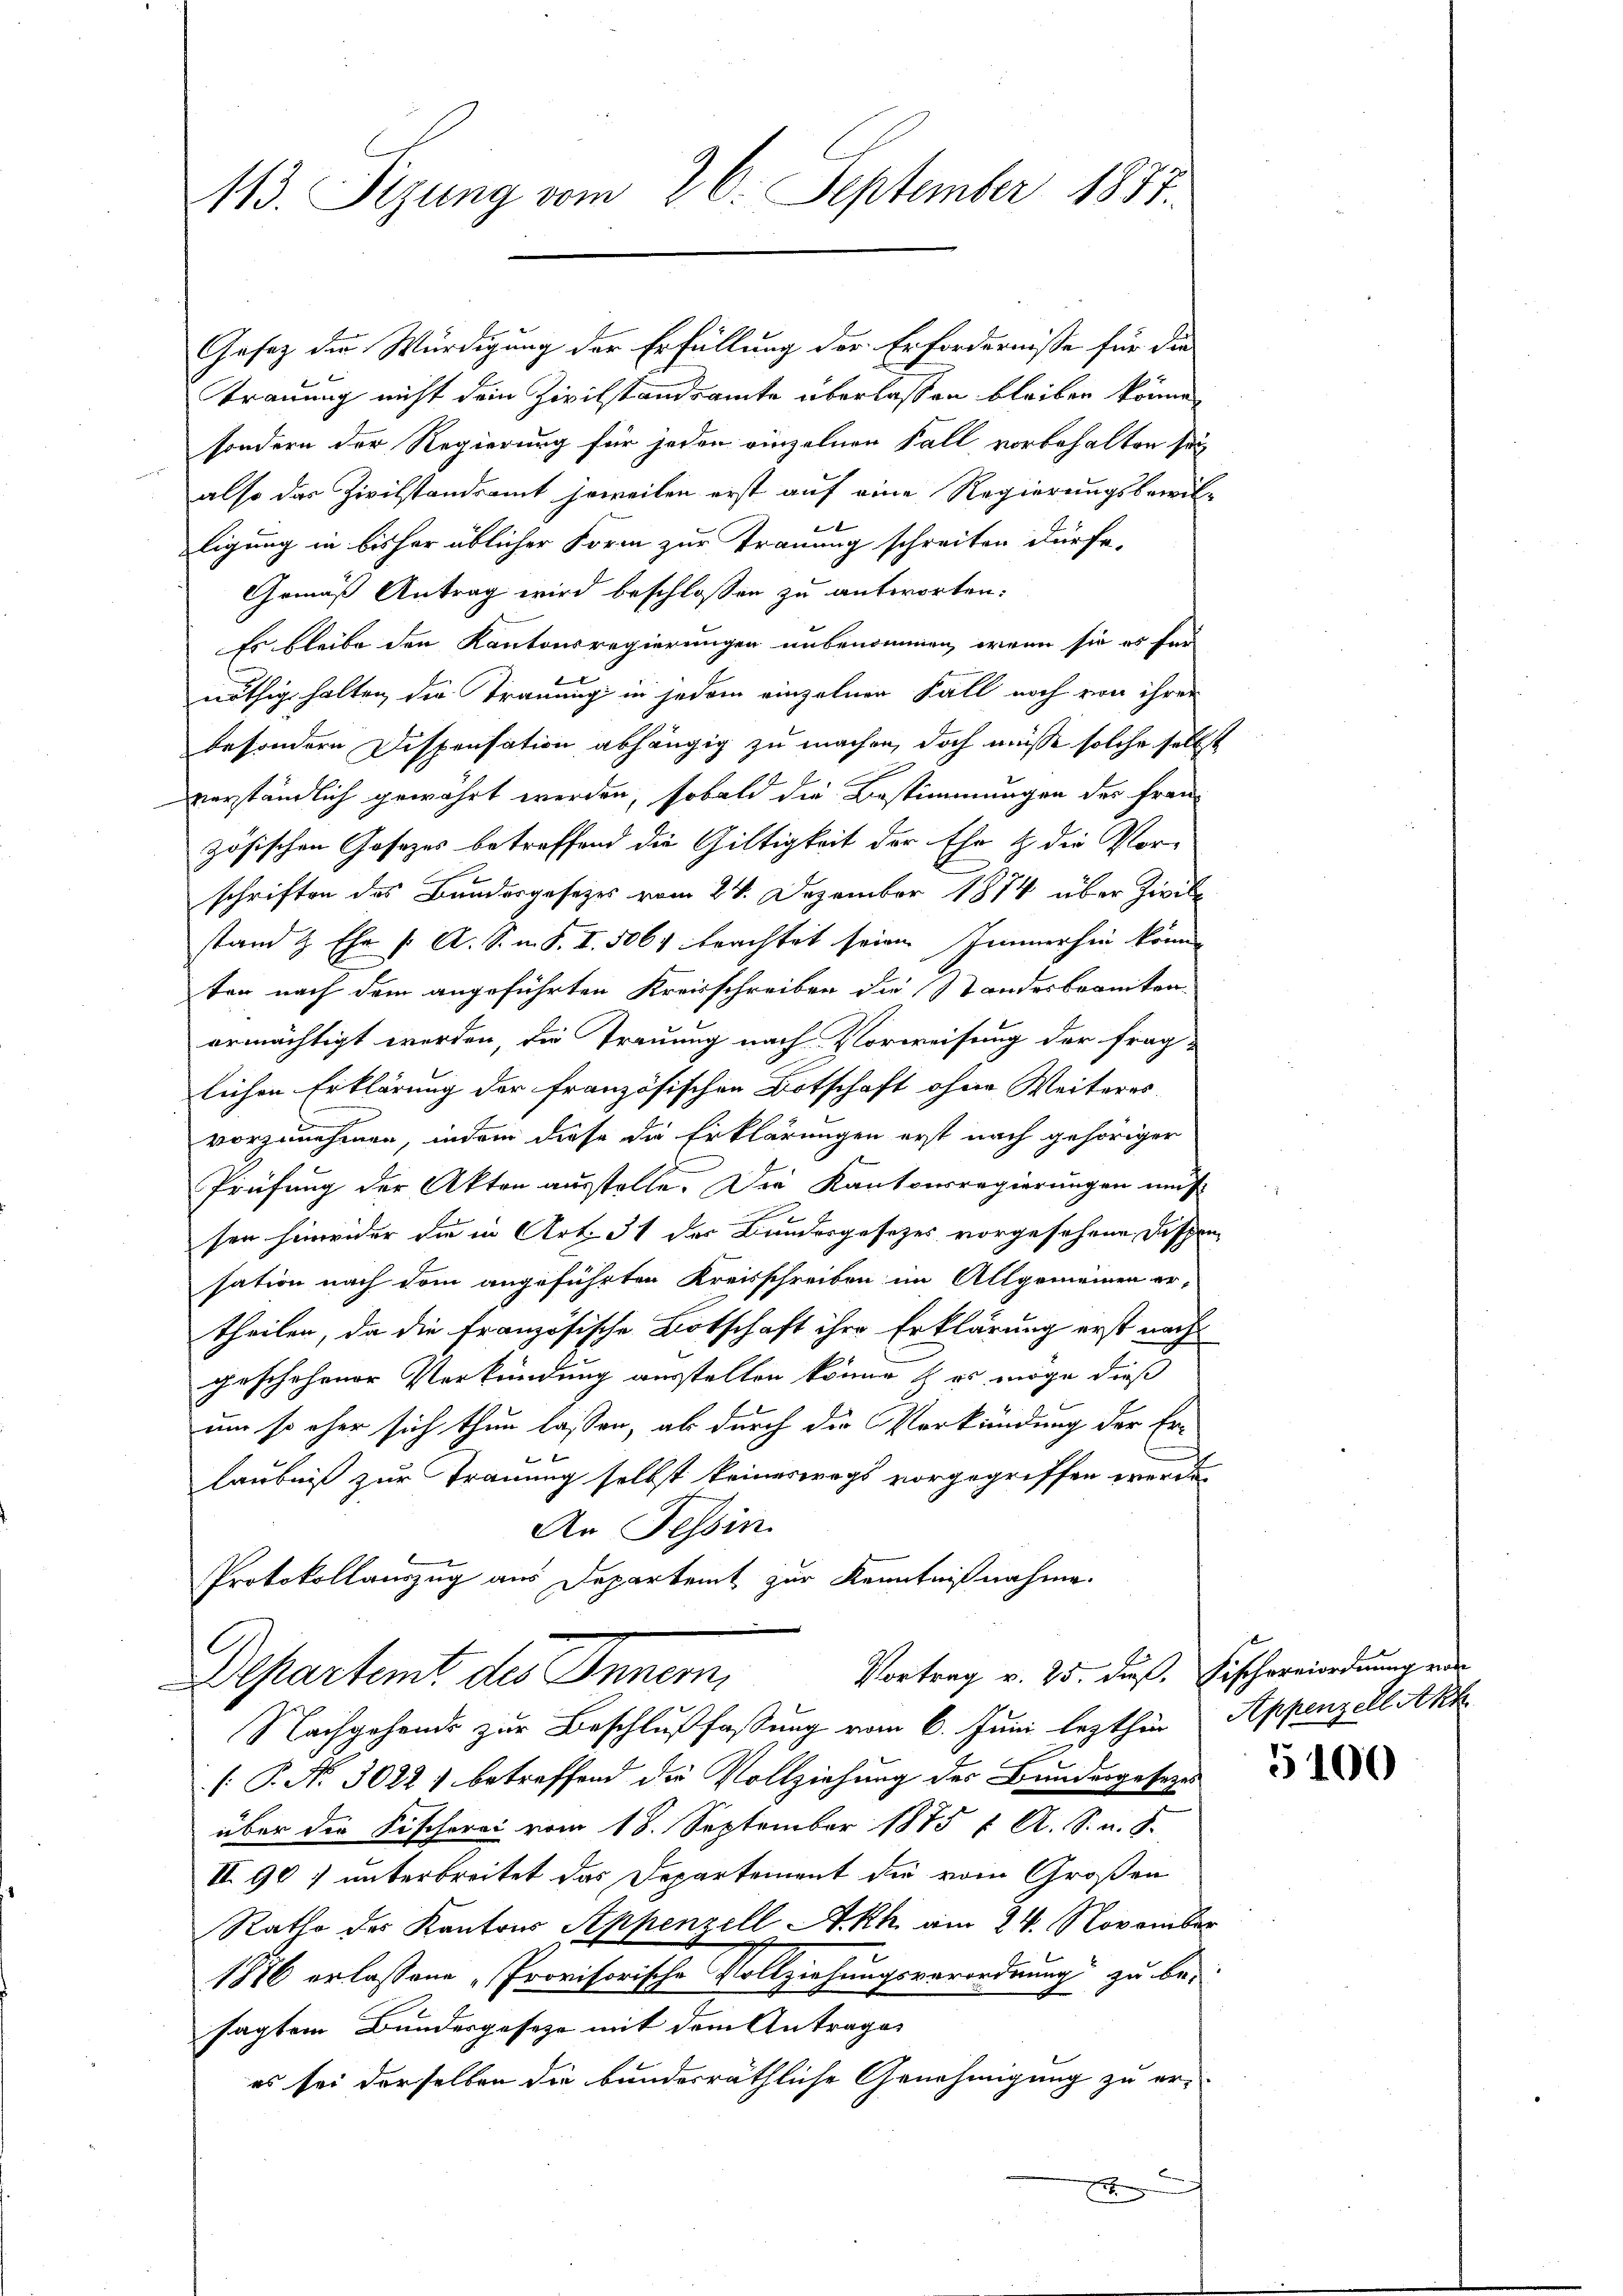
113. Sizung vom 26. September 1881.

Trauung nicht dein Zivilstandsamte überlassen bleiben könne,
sondern der Regierung für jeden einzelnen Fall, vorbehalten sey
also das Zivilstandsamt jeweilen erst auf eine Regierungsbewil-
ligung in bisher üblicher Form zur Trauung schreiten dürfe.
Gemäß Antrag wird beschlossen zu antworten:
Es bleibe den Kantonsregierungen unbenommen, wenn sie es für
nöthig halten, die Trauung in jedem einzelner Fall noch von ihrer
besondere Dispensation abhängig zu machen, doch müsse solche selbst
verständlich gewährt werden, sobald die Bestimmungen des Frau
zösischen Gosezes betreffend die Giltigkeit der Ehe & die Vor-
schriften des Bundesgesetzes vom 24. Dezember 1874 über Zwis
stand & Ehe /: A. S. m. S. I. 506. brachtet seien Immerhin könn
ten nach dem angeführten Kreisschreiben die Standesbeamten
ermächtigt werden, die Trauung nach Vorweisung der frag-
lichen Erklärung der französischen Botschaft ohne Weiteres
vorzunehmen, indem diese die Erklärungen erst nach gehöriger
Prüfung der Akten ausstelle. Die Kantonsregierungen mus
sen hinwider die in Art. 31 der Bundergesetzes vorgesehene Dispen
sation nach dem angeführten Kreisschreiben im Allgemeinen er-
theilen, da die französische Botschaft ihre Erklärung erst nach
geschehener Verkündung ausstellen könne & es möge dieß
um so eher sich thun lassen, als durch die Verkündung der Erlaubniß zur Trauung selbst keineswegs vorgegriffen werde.
An Tessin.
Protokollauszug aus Departent zur Kenntnißnahme
Vortrag v. 25. dieß. Fischereiordnung vor
Departamt des Inner,
Nachgehende zur Beschlußfassung vom 6. Juni lezthin Appenzell Akh
[P. Nr. 3022) betreffend die Vollziehung des Bundesgesezes
über die Fischerei vom 18. September 1875 u. A. S. u. S.
II. 90, unterbreitet das Departement die vom Großen
Rathe des Kantons Appenzell Akh am 24. November
1886 erlassene „Provisorische Vollziehungsverordnung zu be-
sagtem Bundesgeseze mit dem Antrages
es sei derselben die bundesräthliche Genehmigung zu er¬

Gesetz der Würdigung der Erfüllung der Erforderniße für die

5100